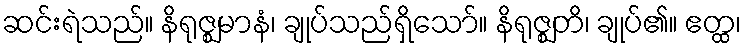
ဆင်းရဲသည်။ နိရုဇ္ဈမာနံ၊ ချုပ်သည်ရှိသော်။ နိရုဇ္ဈတိ၊ ချုပ်၏။ ဧတ္ထ၊